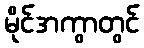
မိုင်အကွာတွင်